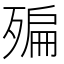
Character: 𣩀